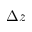
\Delta z